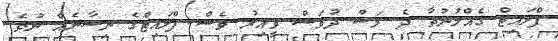
ފްލައިޓް ގެއްލުނުތާ ދެ މަސް ދުވަސް ވީއިރު ވެސް ފްލައިޓްގެ ނިޝާނެއް ނުވެ